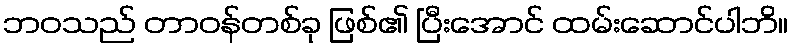
ဘဝသည် တာဝန်တစ်ခု ဖြစ်၏ ပြီးအောင် ထမ်းဆောင်ပါဘိ။